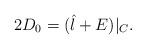
LaTeX: \begin{align*}2D_0 = (\hat{l}+E)|_{C}. \end{align*}